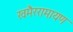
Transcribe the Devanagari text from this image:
खमैररामायण